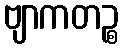
ဗျာကတဉ္စ